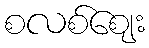
စလစ်ဈေး